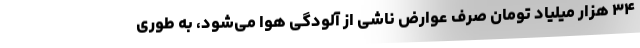
۳۴ هزار میلیاد تومان صرف عوارض ناشی از آلودگی هوا می‌شود، به طوری